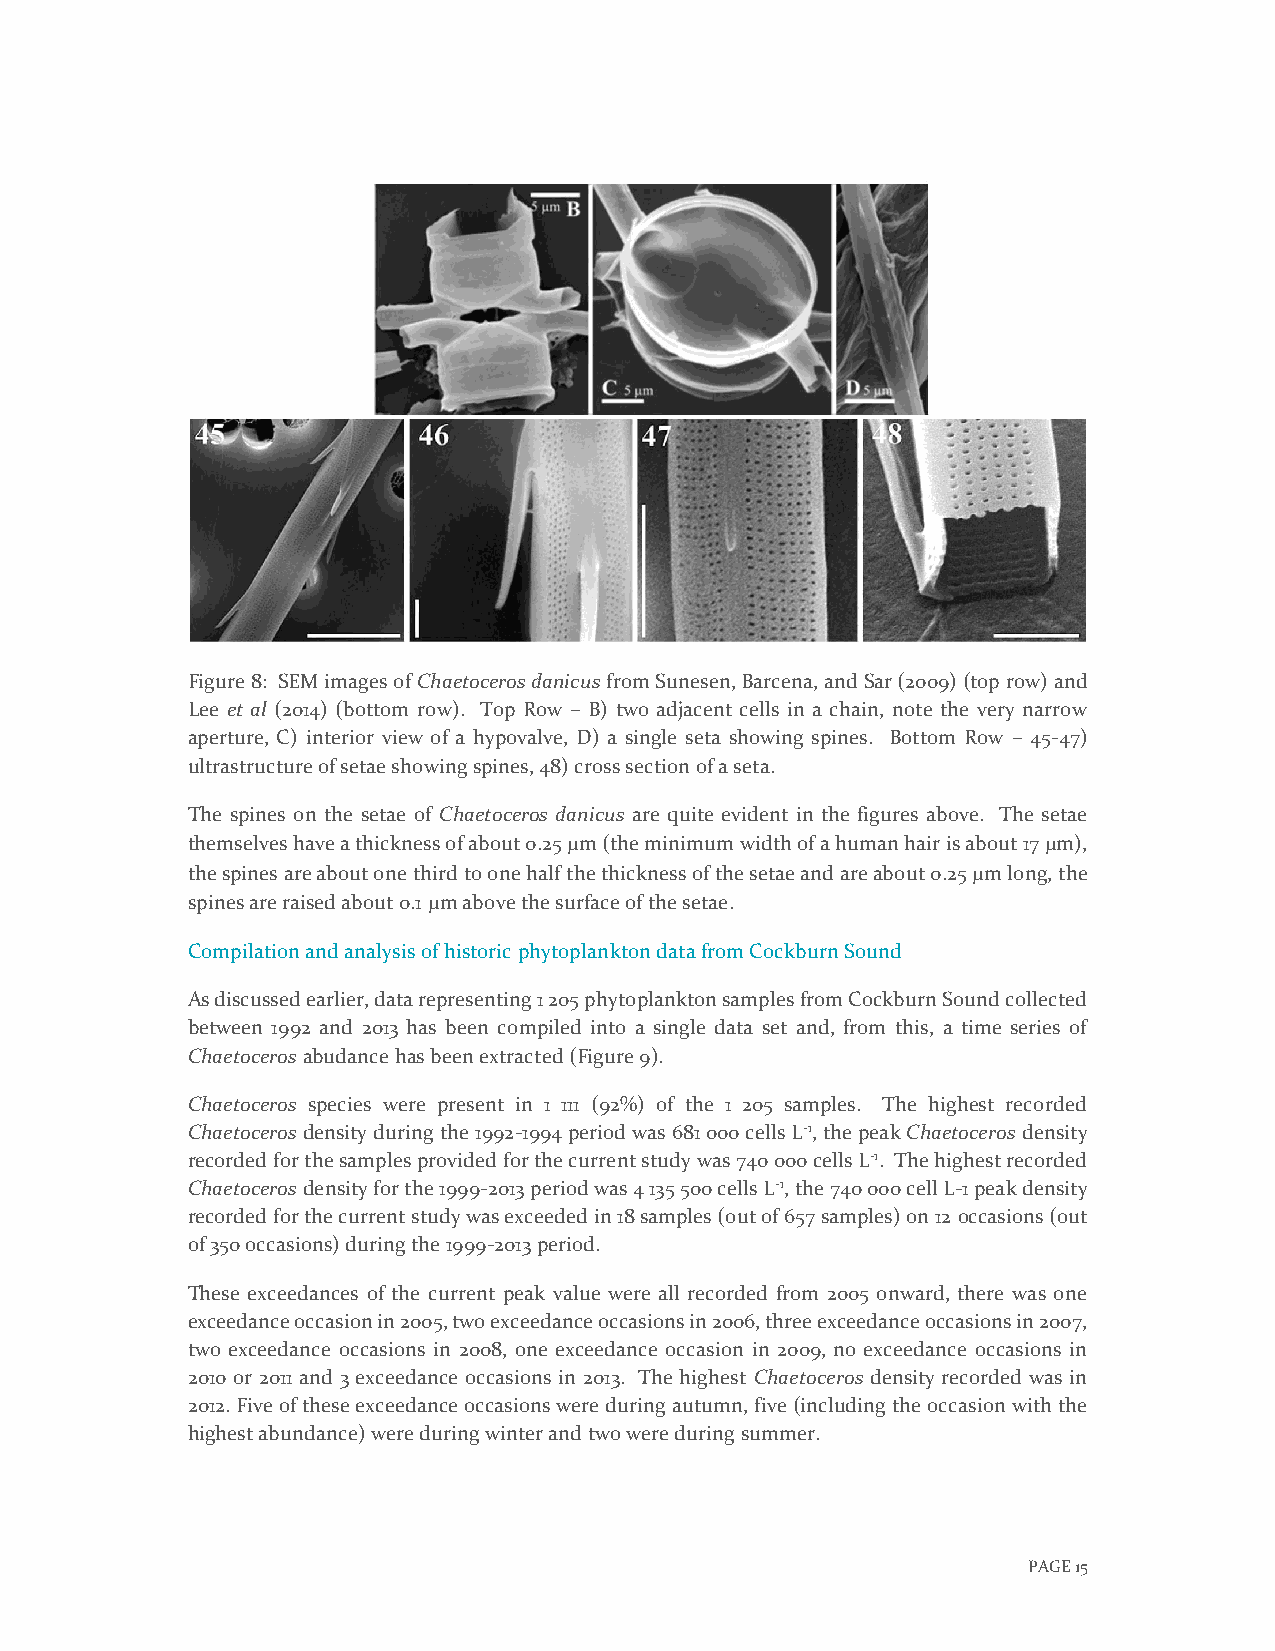
Figure 8: SEM images of Chaetoceros danicus from Sunesen, Barcena, and Sar (2009) (top row) and
 Lee et al (2014) (bottom row). Top Row – B) two adjacent cells in a chain, note the very narrow
 aperture, C) interior view of a hypovalve, D) a single seta showing spines. Bottom Row – 45-47)
 ultrastructure of setae showing spines, 48) cross section of a seta.
 The spines on the setae of Chaetoceros danicus are quite evident in the figures above. The setae
 themselves have a thickness of about 0.25 m (the minimum width of a human hair is about 17 m),
 the spines are about one third to one half the thickness of the setae and are about 0.25 m long, the
 spines are raised about 0.1 m above the surface of the setae.
 Compilation and analysis of historic phytoplankton data from Cockburn Sound
 As discussed earlier, data representing 1 205 phytoplankton samples from Cockburn Sound collected
 between 1992 and 2013 has been compiled into a single data set and, from this, a time series of
 Chaetoceros abudance has been extracted (Figure 9).
 Chaetoceros species were present in 1 111 (92%) of the 1 205 samples. The highest recorded
 Chaetoceros density during the 1992-1994 period was 681 000 cells L-1, the peak Chaetoceros density
 recorded for the samples provided for the current study was 740 000 cells L-1. The highest recorded
 Chaetoceros density for the 1999-2013 period was 4 135 500 cells L-1, the 740 000 cell L-1 peak density
 recorded for the current study was exceeded in 18 samples (out of 657 samples) on 12 occasions (out
 of 350 occasions) during the 1999-2013 period.
 These exceedances of the current peak value were all recorded from 2005 onward, there was one
 exceedance occasion in 2005, two exceedance occasions in 2006, three exceedance occasions in 2007,
 two exceedance occasions in 2008, one exceedance occasion in 2009, no exceedance occasions in
 2010 or 2011 and 3 exceedance occasions in 2013. The highest Chaetoceros density recorded was in
 2012. Five of these exceedance occasions were during autumn, five (including the occasion with the
 highest abundance) were during winter and two were during summer.
 PAGE 15